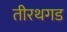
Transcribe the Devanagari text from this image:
तीरथगड